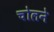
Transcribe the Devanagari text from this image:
चोलने